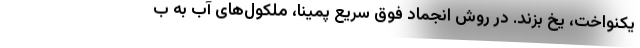
یکنواخت، یخ بزند. در روش انجماد فوق سریع پمینا، ملکول‌های آب به ب